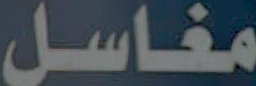
مغاسل